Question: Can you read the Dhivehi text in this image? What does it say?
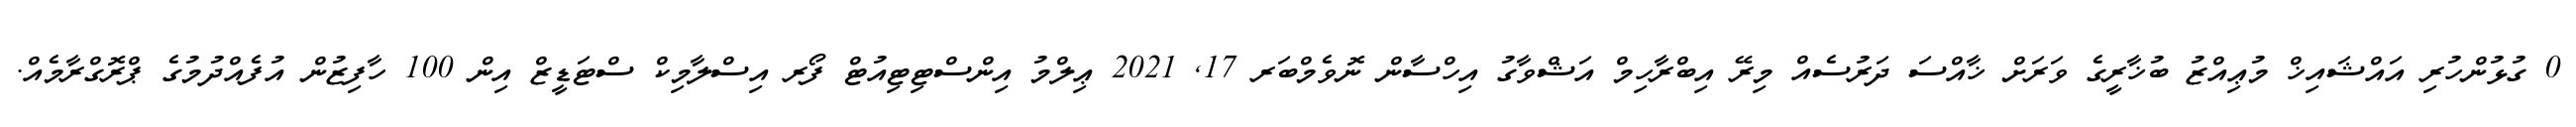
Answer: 0 ގުޅުންހުރި އައްޝައިޚް މުޢިއްޒު ބުޚާރީގެ ވަރަށް ޚާއްސަ ދަރުސެއް މިރޭ އިބްރާހިމް އަޝްވާގު އިހްސާން ނޮވެމްބަރ 17, 2021 ޢިލްމު އިންސްޓިޓިއުޓް ފޯރ އިސްލާމިކް ސްޓަޑީޒް އިން 100 ހާފިޒުން އުފެއްދުމުގެ ޕްރޮގްރާމެއް.